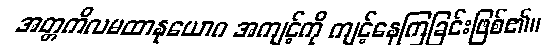
အတ္တကိလမထာနုယောဂ အကျင့်ကို ကျင့်နေကြခြင်းဖြစ်၏။